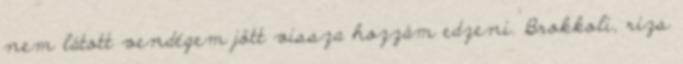
nem látott vendégem jött vissza hozzám edzeni. Brokkoli, rizs